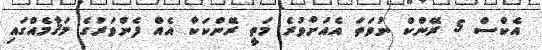
އެކްސް 5 ރޭންކް ނުވަތަ އެއަށްވުރެ މަތީ ރޭންކަކާ އެއް ފެންވަރުގެ މަޤާމެއްގައި